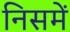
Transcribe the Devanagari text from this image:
निसमें